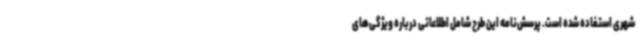
شهری استفاده شده است. پرسش‌نامه این طرح شامل اطلاعاتی درباره ویژگی‌های